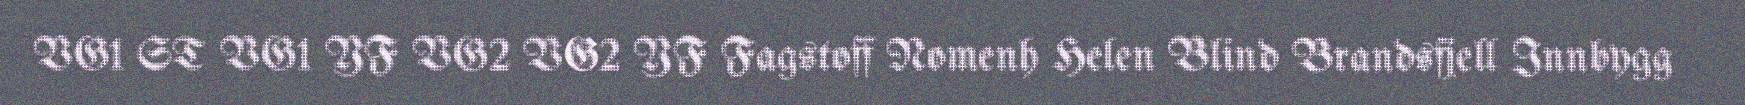
VG1 ST VG1 YF VG2 VG2 YF Fagstoff Nomenh Helen Blind Brandsfjell Innbygg